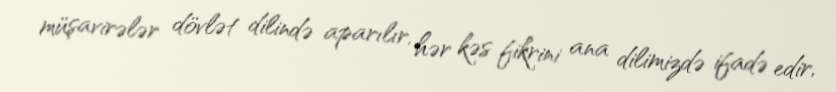
müşavirələr dövlət dilində aparılır, hər kəs fikrini ana dilimizdə ifadə edir,